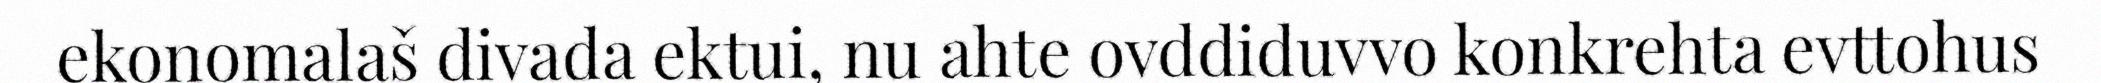
ekonomalaš divada ektui, nu ahte ovddiduvvo konkrehta evttohus